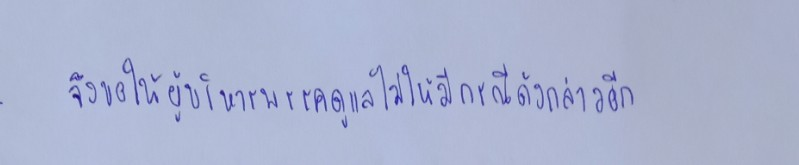
จึงขอให้ผู้บริหารพรรคดูแลไม่ให้มีกรณีดังกล่าวอีก